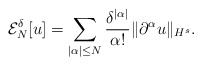
\begin{align*}\mathcal{E}_N^\delta [u]=\sum_{|\alpha|\leq N}\frac{\delta^{|\alpha|}}{\alpha!}\|\partial^\alpha u\|_{H^s}.\end{align*}